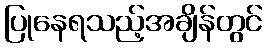
ပြုနေရသည့်အချိန်တွင်